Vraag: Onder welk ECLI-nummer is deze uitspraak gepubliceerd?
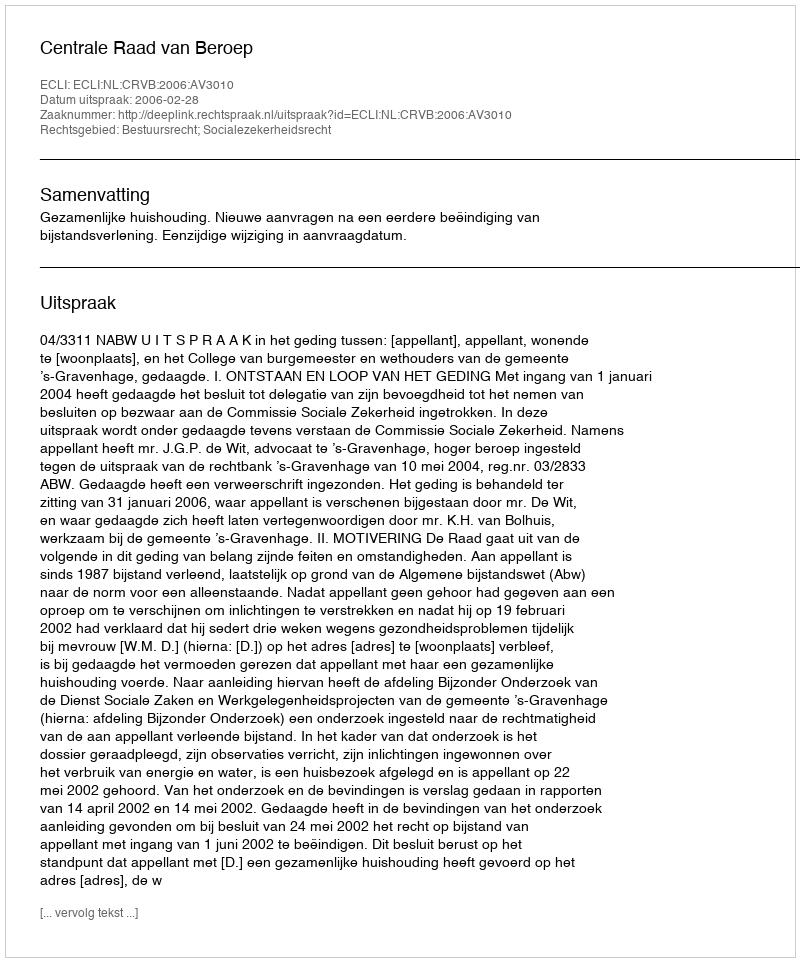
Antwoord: ECLI:NL:CRVB:2006:AV3010